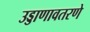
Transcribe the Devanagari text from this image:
उड्डाणावतरणे